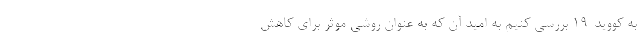
به کووید-19 بررسی کنیم به امید آن که به عنوان روشی موثر برای کاهش